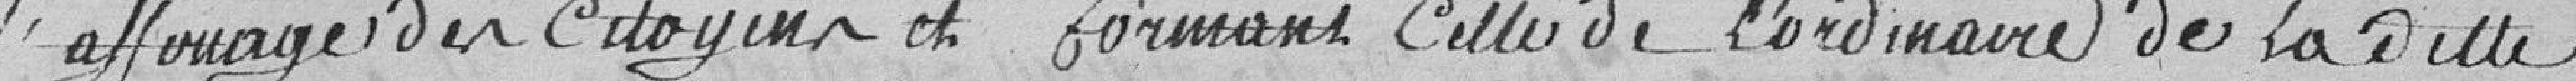
l'affouage du citoyen et formant celle de l'ordinaire de ladite